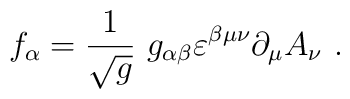
f_{\alpha} =\frac{1}{\sqrt{g}}\ g_{\alpha \beta}\varepsilon^{\beta \mu \nu}\partial_{\mu}A_{\nu}\ .